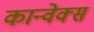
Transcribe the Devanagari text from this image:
कान्वेक्स